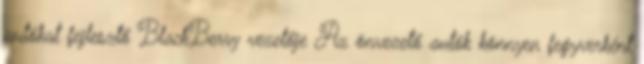
autókat fejlesztő BlackBerry vezetője Az önvezető autók könnyen fegyverként